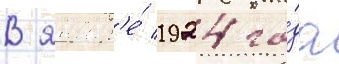
В январ'е́ 1924 го́да